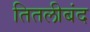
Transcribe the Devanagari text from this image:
तितलीबंद